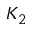
K _ { 2 }